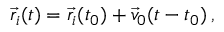
\vec { r } _ { i } ( t ) = \vec { r } _ { i } ( t _ { 0 } ) + \vec { v } _ { 0 } ( t - t _ { 0 } ) \, ,